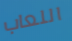
اللعاب